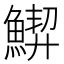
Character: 𱆵